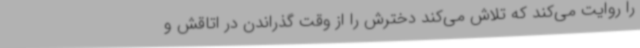
را روایت ‌می‌کند که تلاش می‌کند دخترش را از وقت گذراندن در اتاقش و